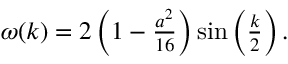
\begin{array} { r } { \omega ( k ) = 2 \left( 1 - \frac { a ^ { 2 } } { 1 6 } \right) \sin \left( \frac { k } { 2 } \right) . } \end{array}